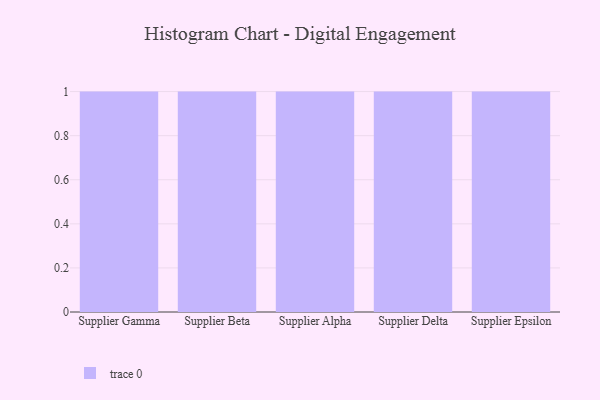
{"axis": {"x": "Supplier", "y": "Energy Usage (MWh)"}, "legend": [""], "data": [{"x": "Supplier Gamma", "y": 16, "type": ""}, {"x": "Supplier Beta", "y": 34, "type": ""}, {"x": "Supplier Alpha", "y": 7, "type": ""}, {"x": "Supplier Delta", "y": 39, "type": ""}, {"x": "Supplier Epsilon", "y": 19, "type": ""}]}